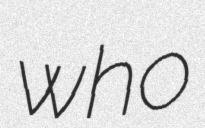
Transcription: who